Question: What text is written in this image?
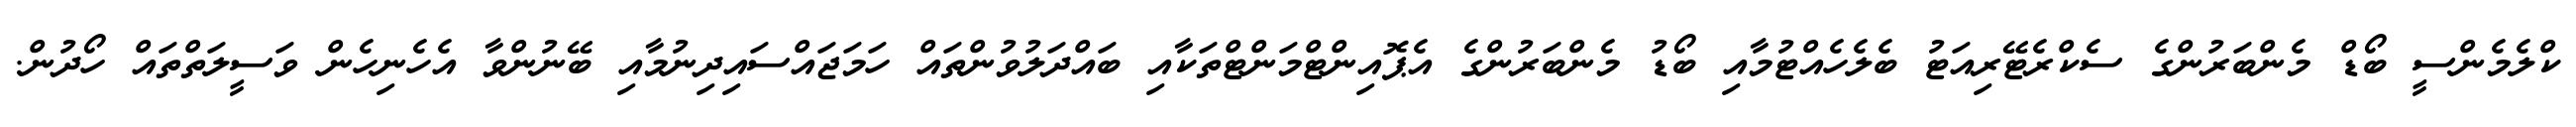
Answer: ކްލެމެންސީ ބޯޑް މެންބަރުންގެ ސެކްރެޓޭރިއަޓު ބެލެހެއްޓުމާއި ބޯޑު މެންބަރުންގެ އެޕޮއިންޓްމަންޓްތަކާއި ބައްދަލުވުންތައް ހަމަޖައްސައިދިނުމާއި ބޭނުންވާ އެހެނިހެން ވަސީލަތްތައް ހޯދުން.